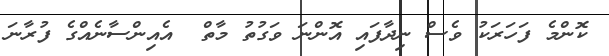
ކޮންމެ ފަހަރަކު ވެސް ނިދާފައި އޮންނަ ވަގުތު މާތް  އެއިންސާނެއްގެ ފުރާނަ